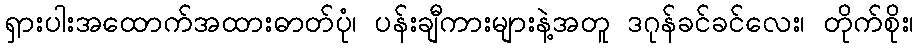
ရှားပါးအထောက်အထားဓာတ်ပုံ၊ ပန်းချီကားများနဲ့အတူ ဒဂုန်ခင်ခင်လေး၊ တိုက်စိုး၊